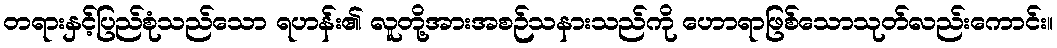
တရားနှင့်ပြည်စုံသည်သော ရဟန်း၏ လူတို့အားအစဉ်သနားသည်ကို ဟောရာဖြစ်သောသုတ်လည်းကောင်း။